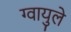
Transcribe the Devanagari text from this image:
ग्वायुले